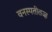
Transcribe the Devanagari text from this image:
वनस्पतीतज्ज्ञ